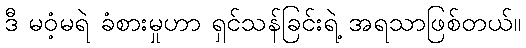
ဒီ မဝံ့မရဲ ခံစားမှုဟာ ရှင်သန်ခြင်းရဲ့ အရသာဖြစ်တယ်။